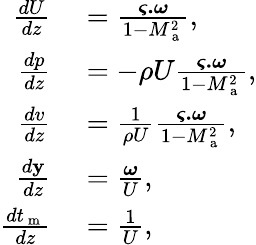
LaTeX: \begin{array}{rl}{\frac{dU}{dz}}&{{}=\frac{\boldsymbol{\varsigma.}\boldsymbol{\omega}}{1-M_{\mathrm{~a~}}^{2}},}\\ {\frac{dp}{dz}}&{{}=-\rho U\frac{\boldsymbol{\varsigma.}\boldsymbol{\omega}}{1-M_{\mathrm{~a~}}^{2}},}\\ {\frac{dv}{dz}}&{{}=\frac{1}{\rho U}\frac{\boldsymbol{\varsigma.}\boldsymbol{\omega}}{1-M_{\mathrm{~a~}}^{2}},}\\ {\frac{d\mathbf{y}}{dz}}&{{}=\frac{\boldsymbol{\omega}}{U},}\\ {\frac{dt_{\mathrm{~m~}}}{dz}}&{{}=\frac{1}{U},}\end{array}